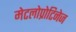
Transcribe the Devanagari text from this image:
मेटलोप्रोटिनेज